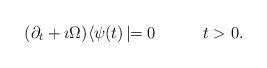
LaTeX: \begin{align*}(\partial _t +\imath\Omega )\langle\psi(t)\!\mid=0 \hskip 1.2cm t>0.\end{align*}